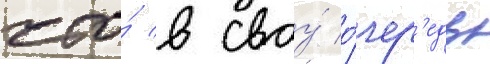
что́ в своу́ о́чер'едь